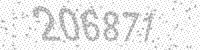
Solution: 206871